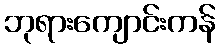
ဘုရားကျောင်းကန်